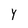
Character: y